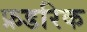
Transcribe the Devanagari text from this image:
फ्रडरिक